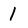
Character: 1